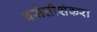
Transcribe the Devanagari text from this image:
बसंतीशंकरा